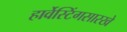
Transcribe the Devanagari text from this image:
हार्वेस्टिंगसारखे